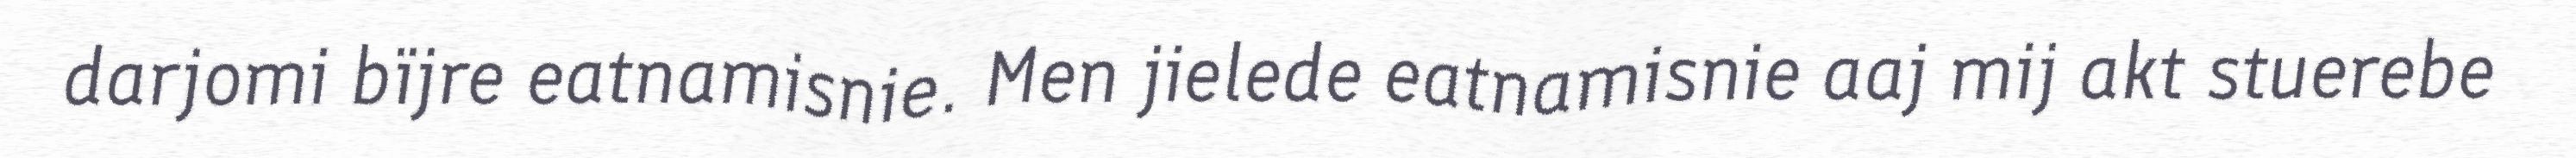
darjomi bïjre eatnamisnie. Men jielede eatnamisnie aaj mij akt stuerebe